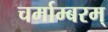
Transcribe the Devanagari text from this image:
चर्माम्बरम्